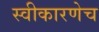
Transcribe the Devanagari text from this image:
स्वीकारणेच